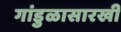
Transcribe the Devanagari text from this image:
गांडुळासारखी